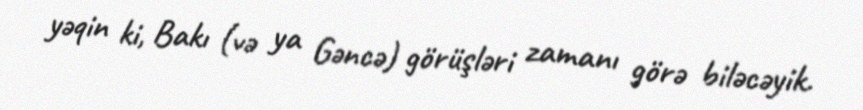
yəqin ki, Bakı (və ya Gəncə) görüşləri zamanı görə biləcəyik.